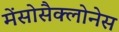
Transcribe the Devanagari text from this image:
मेंसोसैक्लोनेस